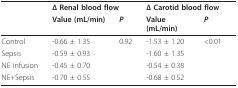
|  | <COLSPAN=2> Δ Renal blood flow | <COLSPAN=2> Δ Carotid blood flow |
 |  | Value (mL/min) | P | Value(mL/min) | P |
 | --- | --- | --- | --- | --- |
 | Control | -0.66 ± 1.35 | 0.92 | -1.53 ± 1.20 | <0.01 |
 | Sepsis | -0.59 ± 0.93 |  | -1.60 ± 1.35 |  |
 | NE infusion | -0.45 ± 0.70 |  | -0.54 ± 0.38 |  |
 | NE+Sepsis | -0.70 ± 0.55 |  | -0.68 ± 0.52 |  |